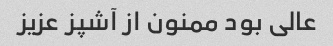
عالی بود ممنون از آشپز عزیز